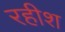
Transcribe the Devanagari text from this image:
रहीश